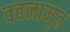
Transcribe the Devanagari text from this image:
ववनामृत